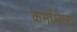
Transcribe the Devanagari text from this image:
कर्मामेला